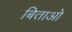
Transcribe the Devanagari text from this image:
बिताओ